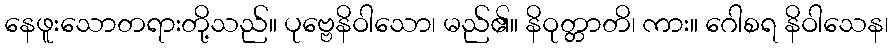
နေဖူးသောတရားတို့သည်။ ပုဗ္ဗေနိဝါသော၊ မည်၏။ နိဝုတ္တာတိ၊ ကား။ ဂေါစရ နိဝါသေန၊